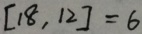
[ 1 8 , 1 2 ] = 6